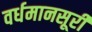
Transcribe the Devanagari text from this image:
वर्धमानसूरी